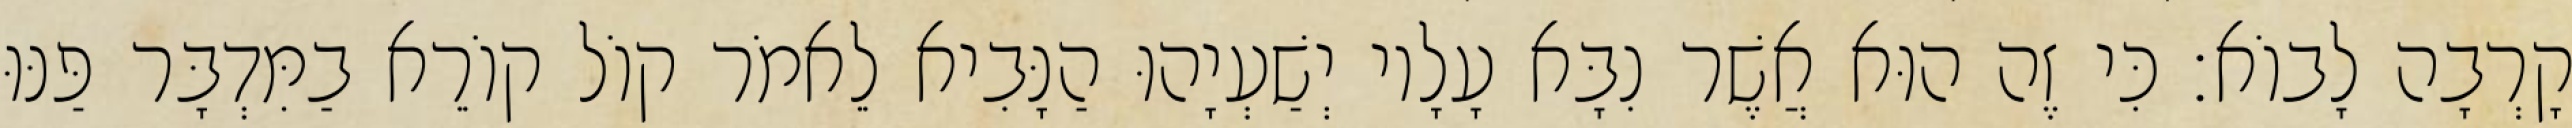
קָרְבָה לָבוֹא׃ כִּי זֶה הוּא אֲשֶׁר נִבָּא עָלָיו יְשַׁעְיָהוּ הַנָּבִיא לֵאמֹר קוֹל קוֹרֵא בַמִּדְבָּר פַּנּוּ